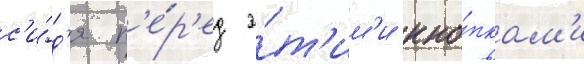
с'и́д'я п'е́р'ед э́т'им'и кно́пкам'и